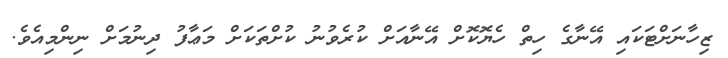
ޒިހާނަށްޓަކައި އޭނާގެ ހިތް ހެޔޮކޮށް އޭނާއަށް ކުރެވުނު ކުށްތަކަށް މަޢާފު ދިނުމަށް ނިންމިއެވެ.